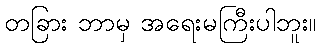
တခြား ဘာမှ အရေးမကြီးပါဘူး။